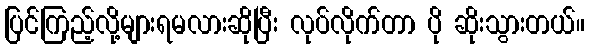
ပြင်ကြည့်လို့များရမလားဆိုပြီး လုပ်လိုက်တာ ပို ဆိုးသွားတယ်။